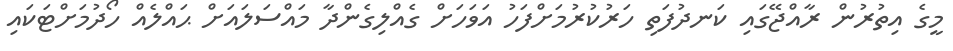
މީގެ އިތުރުން ރާއްޖޭގައި ކަނދުފަތި ހަރުކުރުމަށްފަހު އަވަހަށް ގެއްލިގެންދާ މައްސަލައަށް ޙައްލެއް ހޯދުމަށްޓަކައި